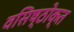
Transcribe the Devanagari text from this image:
वसिष्ठोक्त